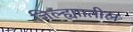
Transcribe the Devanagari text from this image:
जिल्ह्याातील